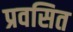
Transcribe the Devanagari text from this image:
प्रवसित